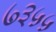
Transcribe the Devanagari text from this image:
७३५५